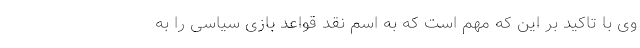
وی با تاکید بر این که مهم است که به اسم نقد قواعد بازی سیاسی را به